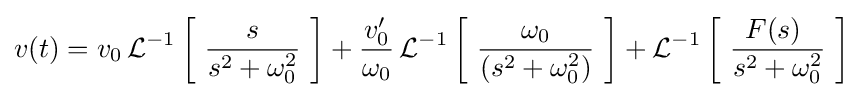
v(t)=v_{0}\operatorname {\mathcal {L}} ^{-1}\left[\ {\frac {s}{s^{2}+\omega _{0}^{2}}}\ \right]+{\frac {v'_{0}}{\omega _{0}}}\operatorname {\mathcal {L}} ^{-1}\left[\ {\frac {\omega _{0}}{(s^{2}+\omega _{0}^{2})}}\ \right]+\operatorname {\mathcal {L}} ^{-1}\left[\ {\frac {F(s)\ }{s^{2}+\omega _{0}^{2}}}\ \right]